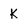
Character: k